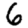
Digit: 6